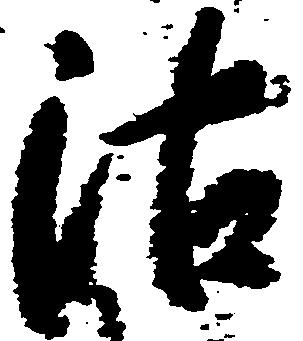
沽